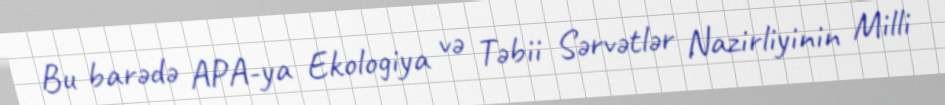
Bu barədə APA-ya Ekologiya və Təbii Sərvətlər Nazirliyinin Milli